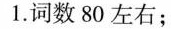
1.词数80左右；